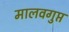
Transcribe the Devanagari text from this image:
मालवगुप्त